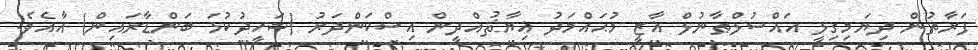
ފަރާތުން ދިޔަމިގިލީ އައްސުލްޠާނުލް ޣާޒީ މުޙައްމަދު ޣިޔާޘުއްދީން އިސްކަންދަރު (ޝަހީދުކުޅަ ބަންޑާރައިން) އާއެވެ.